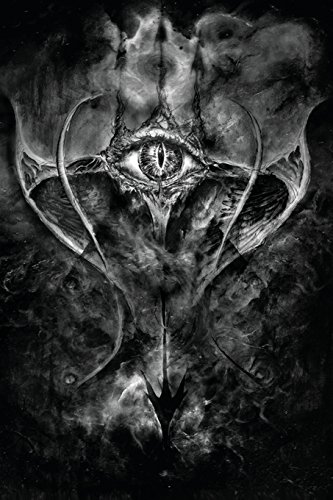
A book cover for Grimoire of Tiamat; Asenath Mason; Religion & Spirituality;